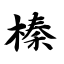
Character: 榛